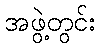
အဖွဲ့တွင်း